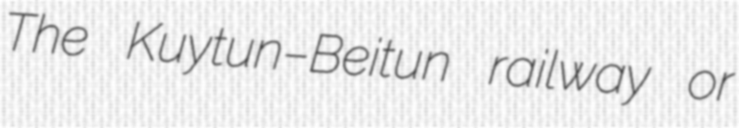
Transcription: The Kuytun–Beitun railway or